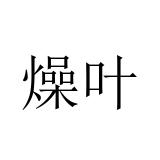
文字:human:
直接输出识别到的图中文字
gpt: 燥叶